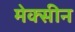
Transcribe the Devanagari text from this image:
मेक्सीन